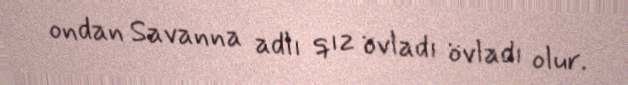
ondan Savanna adlı qız övladı övladı olur.